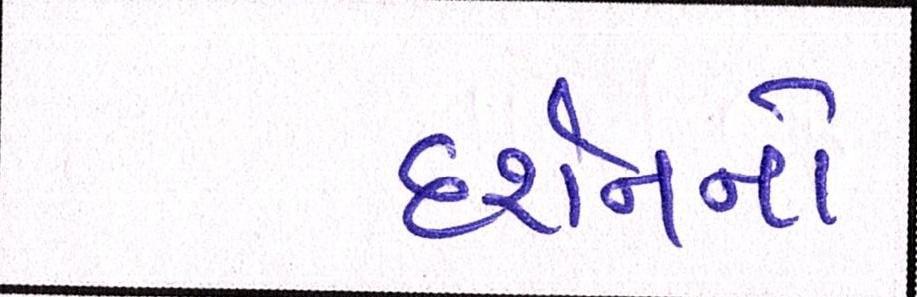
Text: દર્શનનો